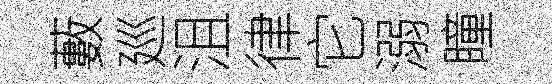
藪廵沮律它溺瞳